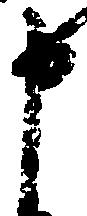
申